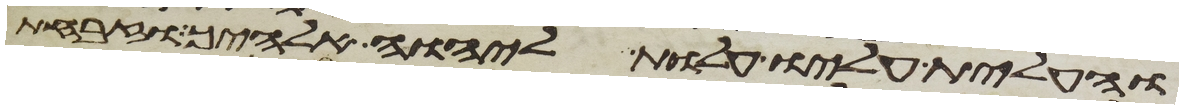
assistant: והעלית עליו עלות ליהוה אלהיך וזבחת